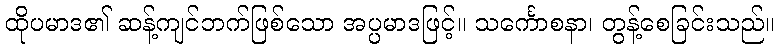
ထိုပမာဒ၏ ဆန့်ကျင်ဘက်ဖြစ်သော အပ္ပမာဒဖြင့်။ သင်္ကောစနာ၊ တွန့်စေခြင်းသည်။